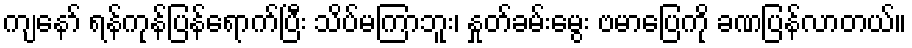
ကျနော် ရန်ကုန်ပြန်ရောက်ပြီး သိပ်မကြာဘူး၊ နှုတ်ခမ်းမွေး ဗမာပြေကို ခဏပြန်လာတယ်။